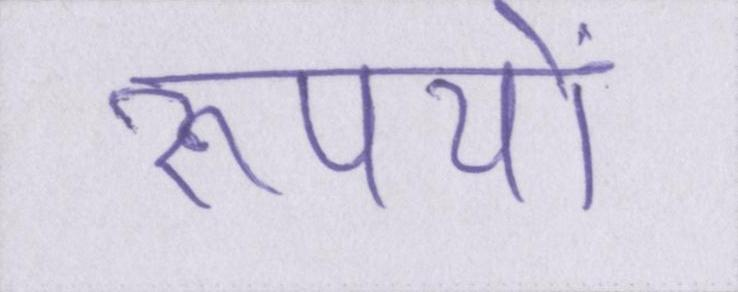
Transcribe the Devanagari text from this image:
रूपयों